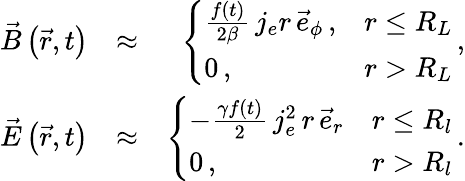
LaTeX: \begin{array}{rlr}{\vec{B}\left(\vec{r},t\right)}&{\approx}&{\left\{ \begin{array}{ll}{\frac{f(t)}{2\beta}\, j_{e}r\, \vec{e}_{\phi}\, ,}&{r\le R_{L}}\\ {0\, ,}&{r>R_{L}}\end{array}\right.\, ,}\\ {\vec{E}\left(\vec{r},t\right)}&{\approx}&{\left\{ \begin{array}{ll}{-\frac{\gamma f(t)}{2}\, j_{e}^{2}\, r\, \vec{e}_{r}}&{r\le R_{l}}\\ {0\, ,}&{r>R_{l}}\end{array}\right.\, .}\end{array}